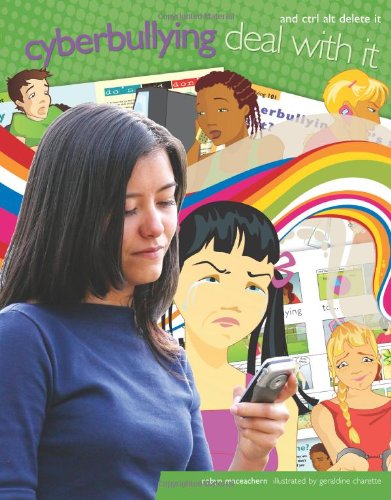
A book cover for Cyberbullying: Deal with it and Ctrl Alt Delete it (Lorimer Deal With It); Robyn MacEachern; Children's Books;